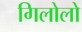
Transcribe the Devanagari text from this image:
गिलोलो